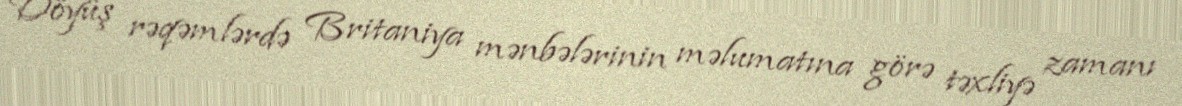
Döyüş rəqəmlərdə Britaniya mənbələrinin məlumatına görə təxliyə zamanı